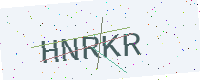
Text: HNRKR